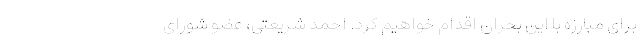
برای مبارزه با این بحران اقدام خواهیم کرد. احمد شریعتی، عضو شورای